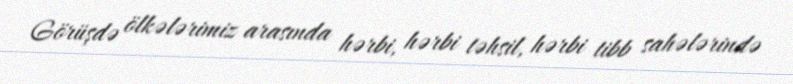
Görüşdə ölkələrimiz arasında hərbi, hərbi təhsil, hərbi tibb sahələrində